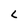
Character: L